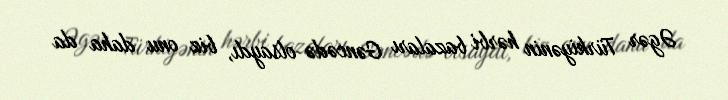
Əgər Türkiyənin hərbi bazaları Gəncədə olsaydı, biz onu daha da